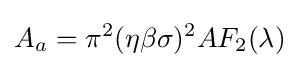
A_{a}=\pi ^{2}(\eta \beta \sigma )^{2}AF_{2}(\lambda )